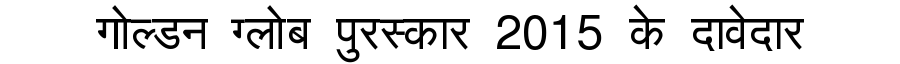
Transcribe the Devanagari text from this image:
गोल्डन ग्लोब पुरस्कार 2015 के दावेदार